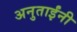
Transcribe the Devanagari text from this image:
अनुताईंनी